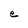
Character: e